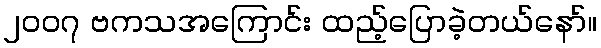
၂၀၀၇ ဗကသအကြောင်း ထည့်ပြောခဲ့တယ်နော်။